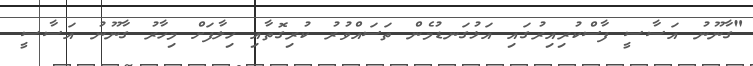
"ގާނޫނު އަސާސީ ފާސްކުރިއިރުގައި އަޅުގަނޑުމެން ތަސައްވުރު ކުރިގޮތާއި ހިލާފަށް މިހާރު ގާނޫނު އަސާސީ